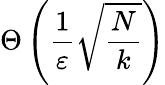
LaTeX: \Theta\left({\frac{1}{\varepsilon}}{\sqrt{\frac{N}{k}}}\right)